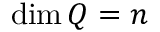
\dim Q = n